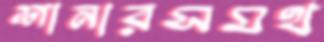
শানারসমথ